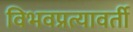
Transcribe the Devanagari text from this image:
विभवप्रत्यावर्ती